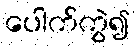
ပေါက်ကွဲ၍